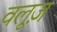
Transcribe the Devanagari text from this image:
वलूज़